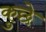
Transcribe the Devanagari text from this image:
कुछे